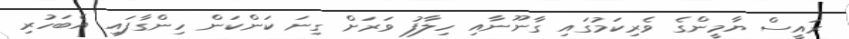
ރައީސް ޔާމީންގެ ވެރިކަމުގައި ގާނޫނާއި ހިލާފު ވަރަށް ގިނަ ކަންކަން ހިންގާފައި އެބަހުރި